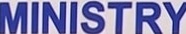
MINISTRY